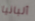
ألبانيا